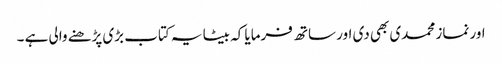
اور نماز محمدی بھی دی اور ساتھ فرمایا کہ بیٹا یہ کتاب بڑی پڑھنے والی ہے ۔